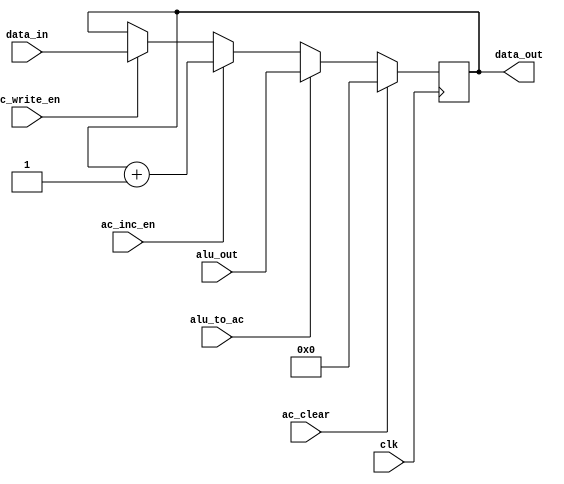
module AC (input clk,
          input ac_inc_en,
          input ac_write_en,
          input [15:0] data_in,
          input alu_to_ac,
          input ac_clear,
          input [15:0] alu_out, // output from ALU
          output reg [15:0] data_out = 16'd0);
    
    always @(posedge clk) begin
        if (ac_write_en == 1)
            data_out <= data_in;
        if (ac_inc_en == 1)
            data_out <= data_out + 16'd1;
        if (alu_to_ac == 1)
            data_out <= alu_out;
        if (ac_clear == 1)
            data_out <= 16'b0;        
    end

endmodule